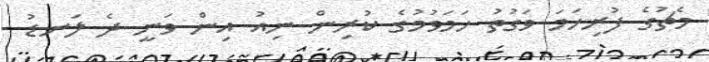
މެޗުގެ ފުރިހަމަ ވަގުތު ހަމަވުމުގެ ކުރިން ނިއު އިން ވަނީ ދެ ލަނޑު